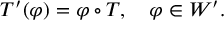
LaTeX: T ^ { \prime } ( \varphi ) = \varphi \circ T , \quad \varphi \in W ^ { \prime } .